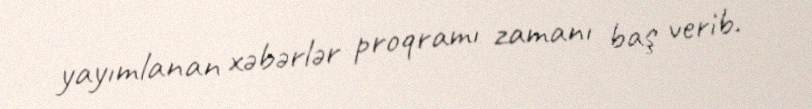
yayımlanan xəbərlər proqramı zamanı baş verib.